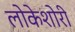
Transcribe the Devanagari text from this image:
लोकेशोरी